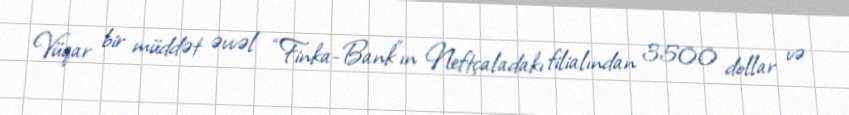
Vüqar bir müddət əvvəl “Finka-Bank"ın Neftçaladakı filialından 3500 dollar və